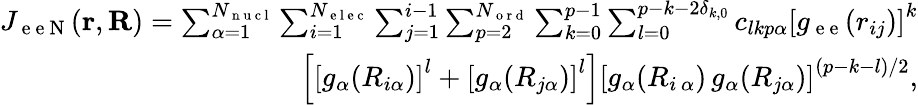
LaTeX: \begin{array}{r}{J_{\mathrm{~e~e~N~}}(\mathbf{r},\mathbf{R})=\sum_{\alpha=1}^{N_{\mathrm{~n~u~c~l~}}}\sum_{i=1}^{N_{\mathrm{~e~l~e~c~}}}\sum_{j=1}^{i-1}\sum_{p=2}^{N_{\mathrm{~o~r~d~}}}\sum_{k=0}^{p-1}\sum_{l=0}^{p-k-2\delta_{k,0}}c_{lkp\alpha}\left[g_{\mathrm{~e~e~}}({r}_{ij})\right]^{k}}\\ {\left[\left[g_{\alpha}({R}_{i\alpha})\right]^{l}+\left[g_{\alpha}({R}_{j\alpha})\right]^{l}\right]\left[g_{\alpha}({R}_{i\, \alpha})\, g_{\alpha}({R}_{j\alpha})\right]^{(p-k-l)/2},}\end{array}